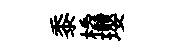
黍橇瓔